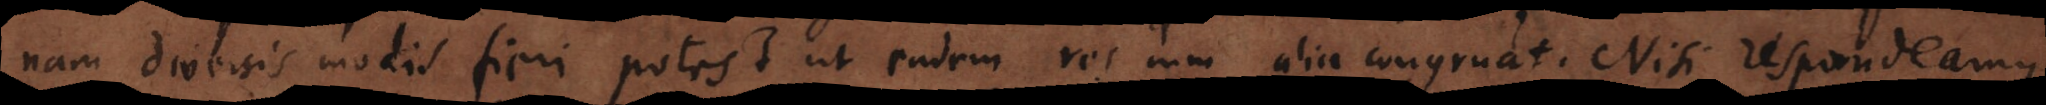
nam diversis modis fieri potest ut eadem res cum alia congruat. Nisi respondeamus